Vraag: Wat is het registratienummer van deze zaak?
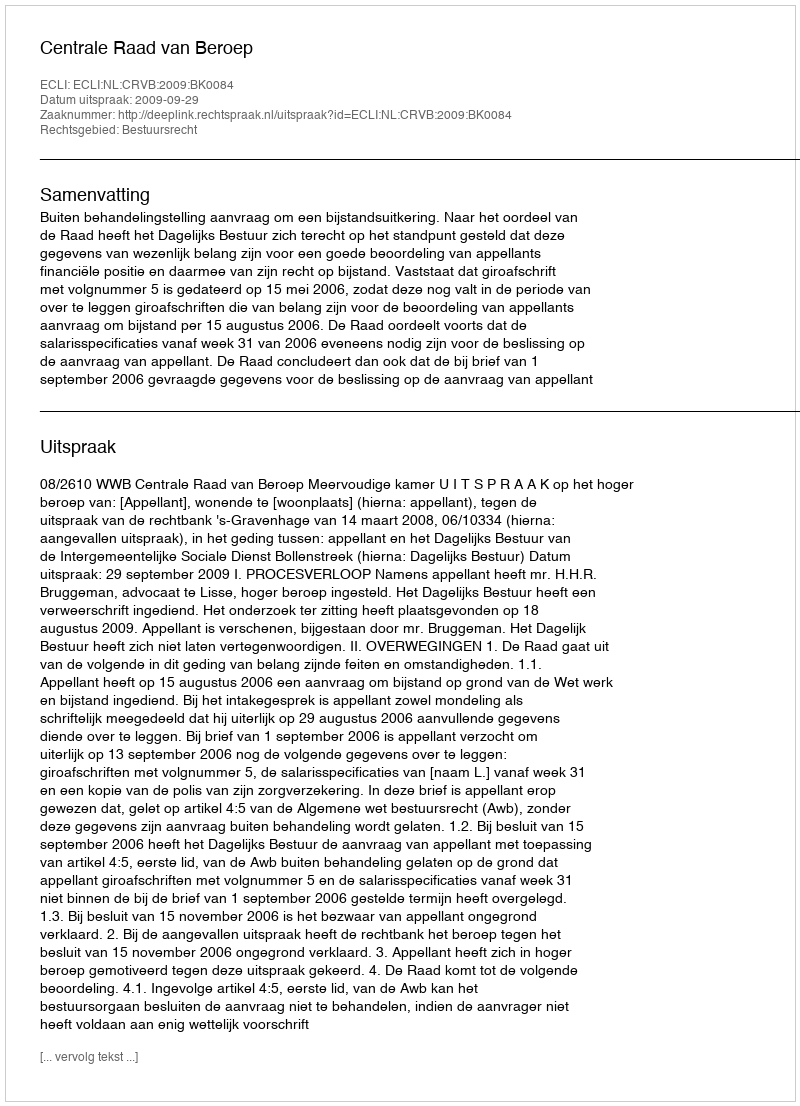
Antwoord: http://deeplink.rechtspraak.nl/uitspraak?id=ECLI:NL:CRVB:2009:BK0084